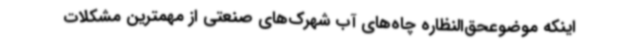
اینکه موضوعحق‌النظاره چاه‌های آب شهرک‌های صنعتی از مهمترین مشکلات